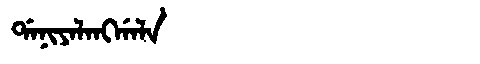
Manchu: ᡩᠠᠨᡳᠶᠠᠯᠠᠩᡤᠠᠯᠠ
Romanization: DANIYALANGGALA